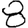
Digit: 8